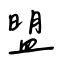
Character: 盟